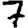
Digit: 7